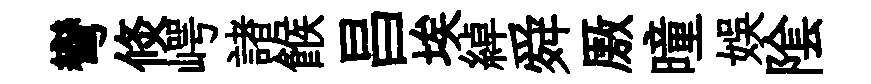
彎倐崿諸餱昌埃綽舜厫曈娱隂